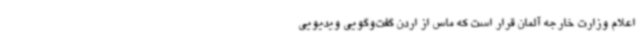
اعلام وزارت خارجه آلمان قرار است که ماس از اردن گفت‌وگویی ویدیویی